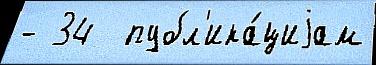
- 34  публ'ика́циjам